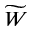
\widetilde { W }